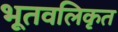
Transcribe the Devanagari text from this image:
भूतवलिकृत